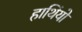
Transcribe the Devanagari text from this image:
हाथिंयो